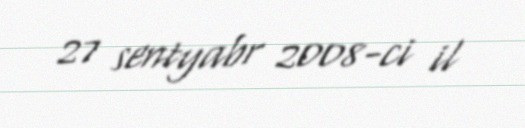
27 sentyabr 2008-ci il